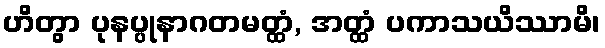
ဟိတွာ ပုနပ္ပုနာဂတမတ္ထံ, အတ္ထံ ပကာသယိဿာမိ၊